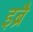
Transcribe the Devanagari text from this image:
इब्रै